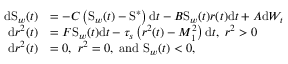
\begin{array} { r l } { \mathrm { d } \mathrm { S } _ { w } ( t ) } & { = - C \left( \mathrm { S } _ { w } ( t ) - \mathrm { S } ^ { \ast } \right) \mathrm { d } t - B \mathrm { S } _ { w } ( t ) r ( t ) \mathrm { d } t + A \mathrm { d } W _ { t } } \\ { \mathrm { d } r ^ { 2 } ( t ) } & { = F \mathrm { S } _ { w } ( t ) \mathrm { d } t - \tau _ { s } \left( r ^ { 2 } ( t ) - M _ { 1 } ^ { 2 } \right) \mathrm { d } t , \mathrm { ~ } r ^ { 2 } > 0 } \\ { \mathrm { d } r ^ { 2 } ( t ) } & { = 0 , \mathrm { ~ } r ^ { 2 } = 0 , \mathrm { ~ a n d ~ } \mathrm { S } _ { w } ( t ) < 0 , } \end{array}